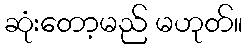
ဆုံးတော့မည် မဟုတ်။